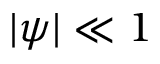
| \psi | \ll 1